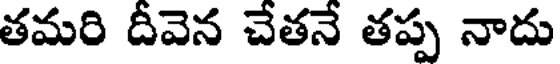
తమరి దీవెన చేతనే తప్ప నాదు